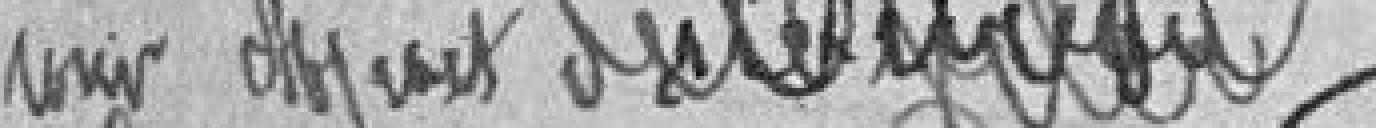
pour dispense du bureau